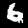
Digit: 6